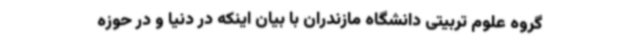
گروه علوم تربیتی دانشگاه مازندران با بیان اینکه در دنیا و در حوزه